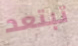
تبتعد